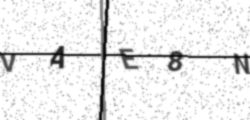
Text: VAE8N